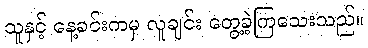
သူနှင့် နေ့ခင်းကမှ လူချင်း တွေ့ခဲ့ကြသေးသည်။